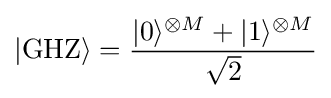
|\mathrm {GHZ} \rangle ={\frac {|0\rangle ^{\otimes M}+|1\rangle ^{\otimes M}}{\sqrt {2}}}